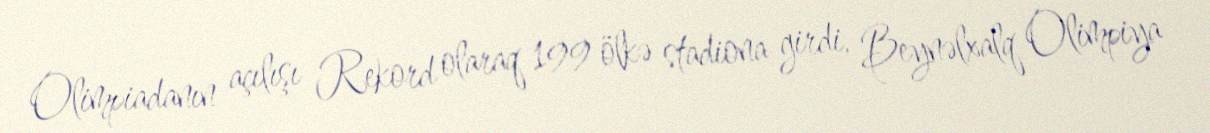
Olimpiadanın açılışı Rekord olaraq 199 ölkə stadiona girdi, Beynəlxalq Olimpiya